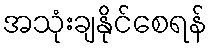
အသုံးချနိုင်စေရန်